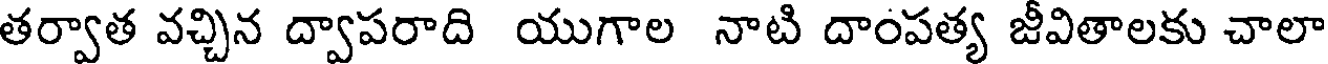
తర్వాత వచ్చిన ద్వాపరాది యుగాల నాటి దాంపత్య జీవితాలకు చాలా